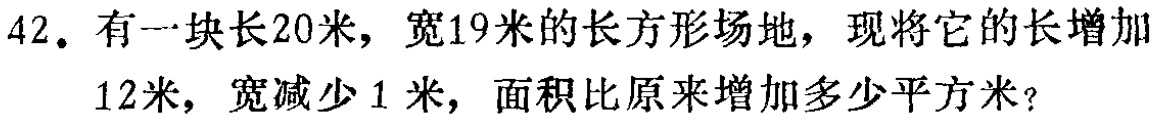
42. 有一块长20米，宽19米的长方形场地，现将它的长增加

12米，宽减少1米，面积比原来增加多少平方米？